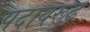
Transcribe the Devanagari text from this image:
पदावरूढ़